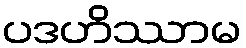
ပဒဟိဿာမ